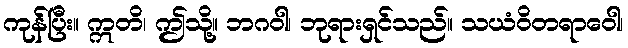
ကုန်ပြီး။ ဣတိ၊ ဤသို့။ ဘဂဝါ၊ ဘုရားရှင်သည်။ သယံဝိတရာဝေါ၊